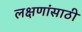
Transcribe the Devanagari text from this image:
लक्षणांसाठी